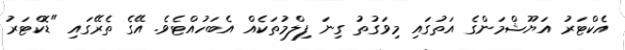
އެކްޓަރު އަޔޫޝްމަންގެ އަތުގައި މިވަގުތު ގިނަ ފިލްމުތަކެއް އެބަހުއްޓެވެ. އޭގެ ތެރޭގައި "ޑޮކްޓަރު